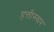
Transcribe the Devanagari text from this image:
हत्तीस्वार